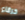
خرقاء